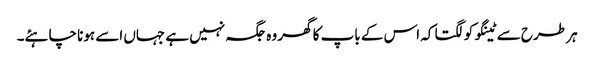
ہر طرح سے ٹینگو کو لگتا کہ اس کے باپ کا گھر وہ جگہ نہیں ہے جہاں اسے ہونا چاہئے۔